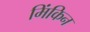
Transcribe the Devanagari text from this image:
मिंकिन